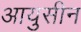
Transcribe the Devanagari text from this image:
आयुसीन